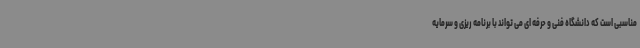
مناسبی است که دانشگاه فنی و حرفه ای می تواند با برنامه ریزی و سرمایه